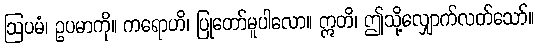
ဩပမံ၊ ဥပမာကို။ ကရောဟိ၊ ပြုတော်မူပါလော။ ဣတိ၊ ဤသို့လျှောက်လတ်သော်။